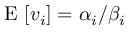
\mathrm { ~ E ~ } [ v _ { i } ] = \alpha _ { i } / \beta _ { i }